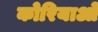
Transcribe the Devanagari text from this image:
कोरियाओ